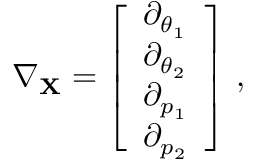
\nabla _ { \mathbf { X } } = \left[ \begin{array} { l } { \partial _ { \theta _ { 1 } } } \\ { \partial _ { \theta _ { 2 } } } \\ { \partial _ { p _ { 1 } } } \\ { \partial _ { p _ { 2 } } } \end{array} \right] \, ,